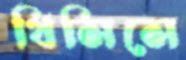
থিসিসে